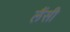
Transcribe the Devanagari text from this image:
लैंसी